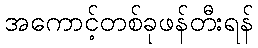
အကောင့်တစ်ခုဖန်တီးရန်